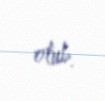
olub.